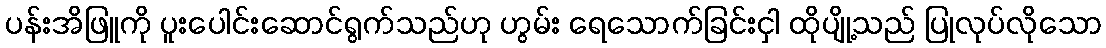
ပန်းအိဖြူကို ပူးပေါင်းဆောင်ရွက်သည်ဟု ဟွမ်း ရေသောက်ခြင်းငှါ ထိုပျို့သည် ပြုလုပ်လိုသော